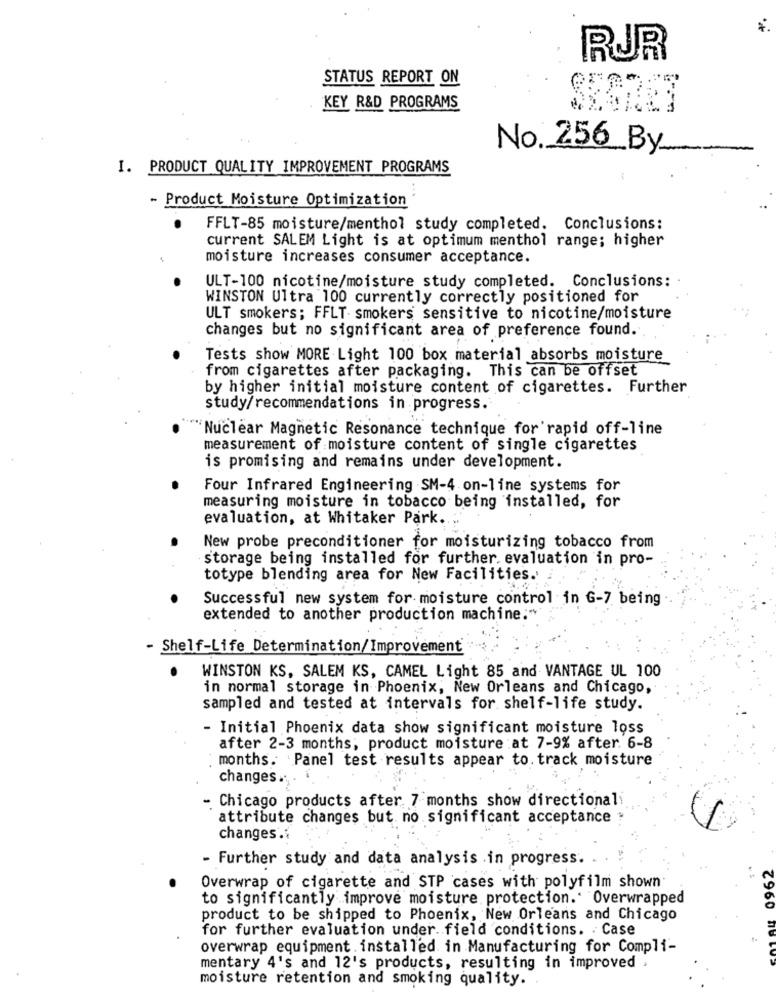
*.
RUR
STATUS REPORT ON
KEY R&D PROGRAMS
SECRET
No. 256 By
I. PRODUCT QUALITY IMPROVEMENT PROGRAMS
- Product Moisture Optimization
FFLT-85 moisture/menthol study completed. Conclusions:
current SALEM Light is at optimum menthol range; higher
moisture increases consumer acceptance.
ULT-100 nicotine/moisture study completed. Conclusions:
WINSTON Ultra 100 currently correctly positioned for
ULT smokers; FFLT smokers sensitive to nicotine/moisture
changes but no significant area of preference found.
Tests show MORE Light 100 box material absorbs moisture
from cigarettes after packaging. This can be offset
by higher initial moisture content of cigarettes. Further
study/recommendations in progress.
"""Nuclear Magnetic Resonance technique for'rapid off-line
measurement of moisture content of single cigarettes
is promising and remains under development.
Four Infrared Engineering SM-4 on-line systems for
measuring moisture in tobacco being installed, for
evaluation, at Whitaker Park.
New probe preconditioner for moisturizing tobacco from
storage being installed for further. evaluation in pro-
totype blending area for New Facilities.
Successful new system for moisture control in G-7 being
extended to another production machine:"
- Shelf-Life Determination/Improvement
WINSTON KS, SALEM KS, CAMEL Light 85 and VANTAGE UL 100
in normal storage in Phoenix, New Orleans and Chicago,
sampled and tested at intervals for shelf-life study.
- Initial Phoenix data show significant moisture loss
after 2-3 months; product moisture :at 7-9% after. 6-8
months. Panel test results appear to. track moisture
changes
- Chicago products after 7 months show directional
attribute changes but no significant acceptance
changes .:
- Further study and data analysis .in progress.
Overwrap of cigarette and STP cases with polyfilm shown
to significantly improve moisture protection. Overwrapped
960
product to be shipped to Phoenix, New Orleans and Chicago
for further evaluation under. field conditions. . Case
overwrap equipment. installed in Manufacturing for Compli-
mentary 4's and 12's products, resulting in improved ,
moisture retention and smoking quality.